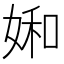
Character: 𡞈